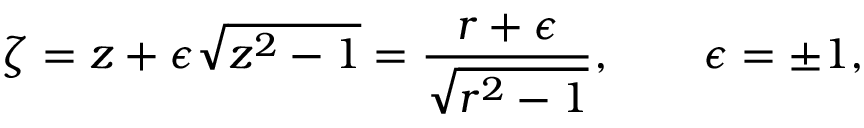
\zeta = z + \epsilon \sqrt { z ^ { 2 } - 1 } = \frac { r + \epsilon } { \sqrt { r ^ { 2 } - 1 } } , \qquad \epsilon = \pm 1 ,